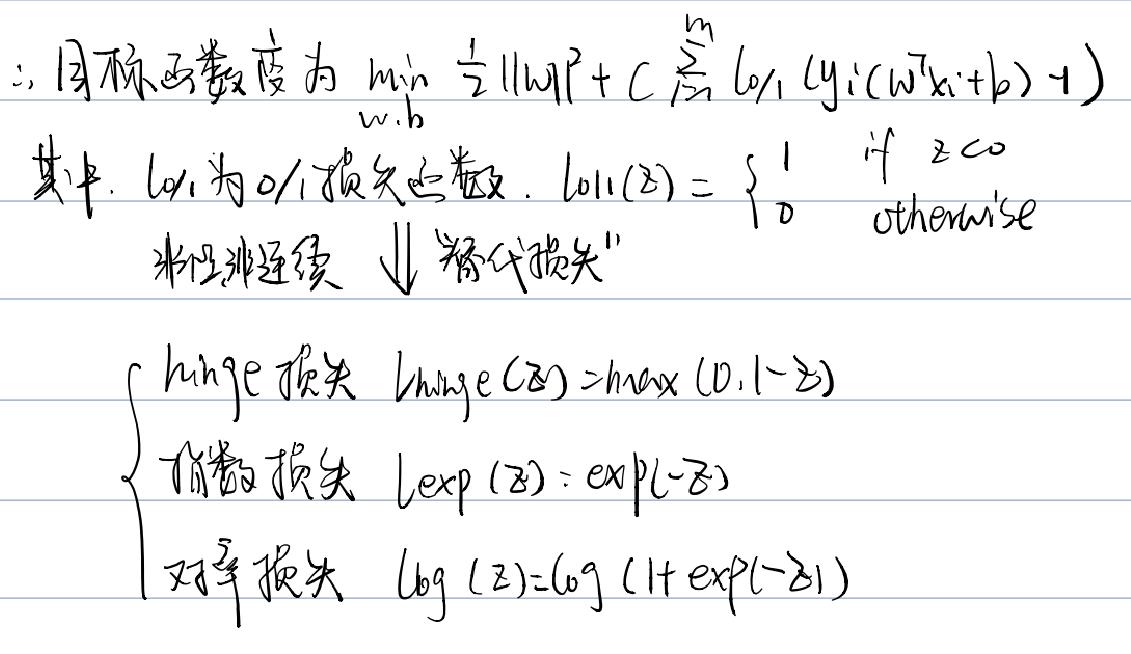
$\therefore$ 目标函数变为 $\min_{w,b} \frac{1}{2} \|w\|^2 + C \sum_{i = 1}^{m} \ell_{0/1} (y_i (w^T x_i + b) - 1)$
其中, $\ell_{0/1}$ 为 0/1 损失函数. $\ell_{0/1}(z)=\begin{cases}1 & \text{if } z < 0 \\ 0 & \text{otherwise}\end{cases}$
采用非连续 $\Downarrow$ “替代损失”
$\begin{cases}
\text{hinge 损失 } \ell_{hinge}(z)=\max(0,1 - z) \\
\text{指数损失 } \ell_{exp}(z)=\exp(-z) \\
\text{对数损失 } \ell_{\log}(z)=\log(1 + \exp(-z))
\end{cases}$